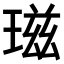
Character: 𤧹